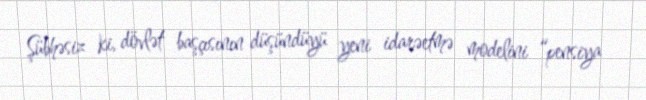
Şübhəsiz ki, dövlət başçısının düşündüyü yeni idarəetmə modelini “pensiya